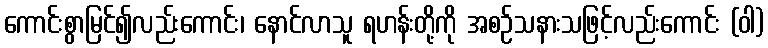
ကောင်းစွာမြင်၍လည်းကောင်း၊ နောင်လာသူ ရဟန်းတို့ကို အစဉ်သနားသဖြင့်လည်းကောင်း (ဝါ)